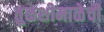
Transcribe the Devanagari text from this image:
तुळशीमाळेची